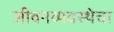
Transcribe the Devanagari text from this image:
जीवनव्यवस्थेचा